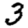
Digit: 3